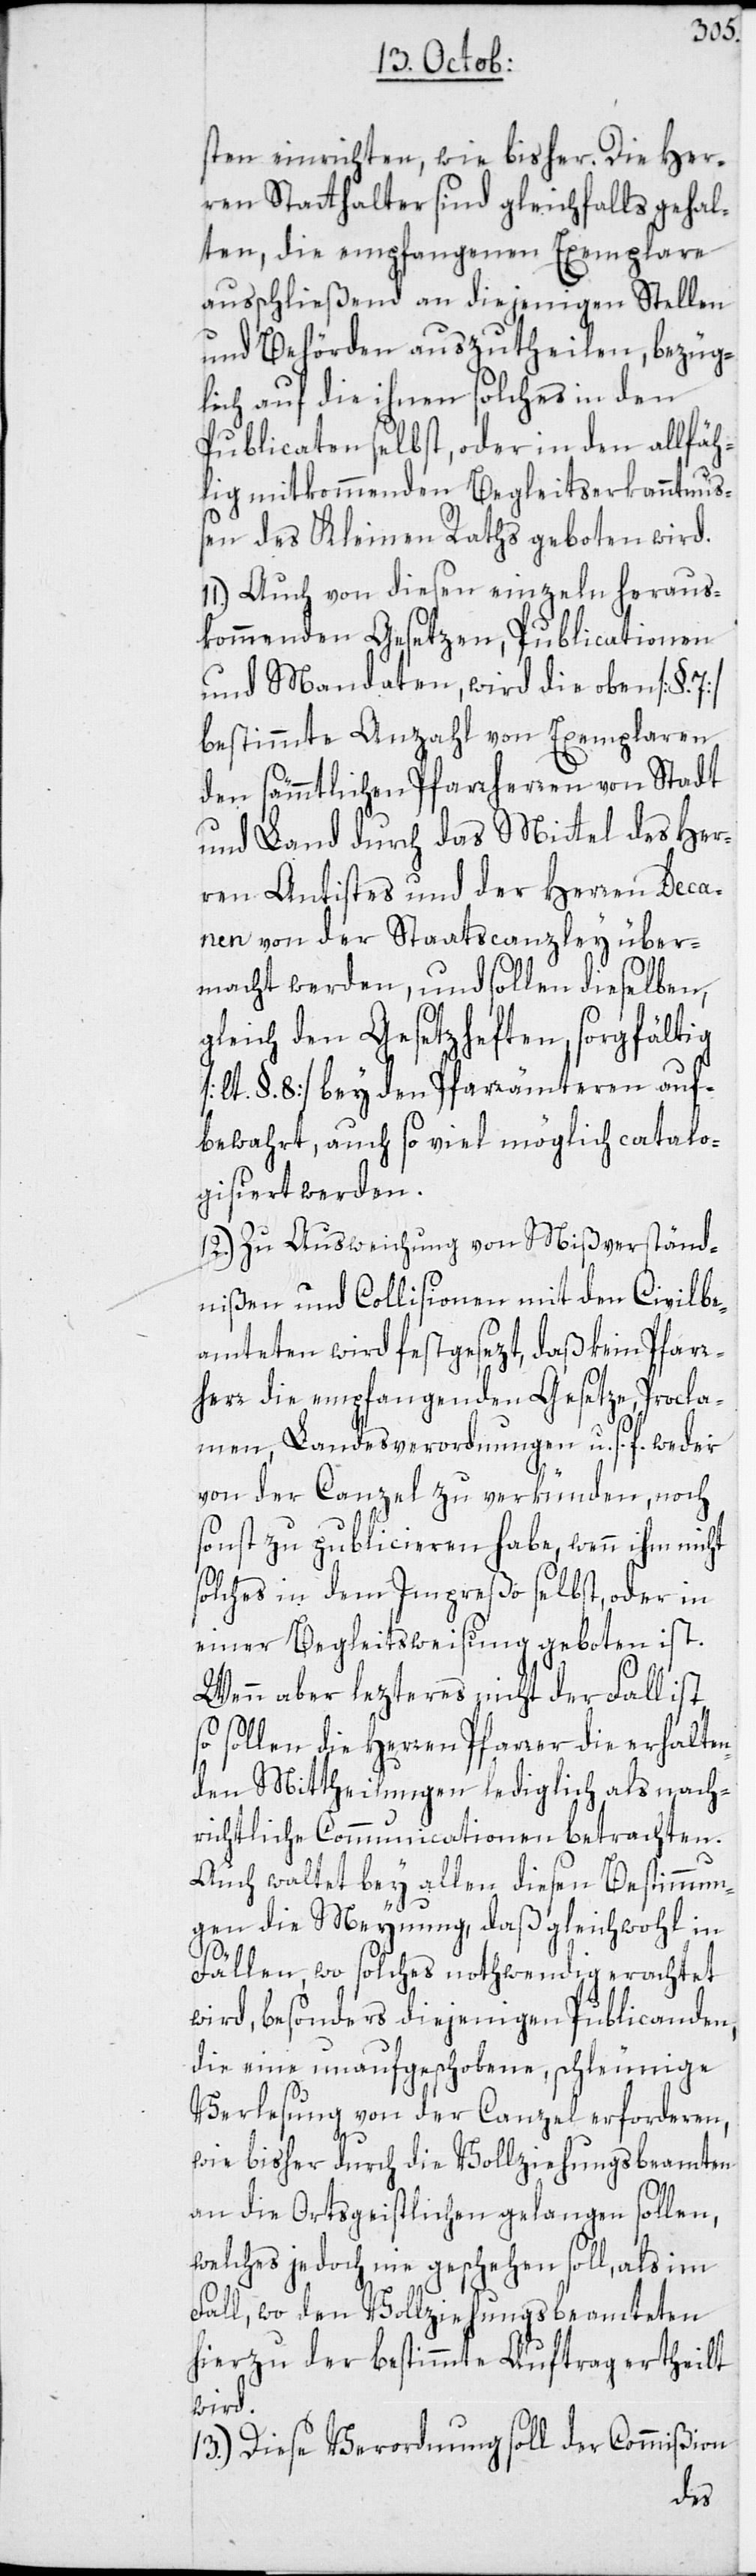
sten einrichten, wie bisher. Die Her¬
ren Statthalter sind gleichfalls gehal¬
ten, die empfangenen Exemplare
ausschließend an diejenigen Stellen
und Behörden auszutheilen, bezüg¬
lich auf die ihnen solches in den
Publicaten selbst, oder in den allfäh¬
lig mitkommenden Begleitserkanntnuß¬
en des Kleinen Raths geboten wird.
11.) Auch von diesen einzeln heraus¬
kommenden Gesetzen, Publicationen
und Mandaten, wird die oben [§. 7]
bestimmte Anzahl von Exemplaren
den sämmtlichen Pfarrherren von Stadt
und Land durch das Mittel des Her¬
ren Antistes und der Herren Deca¬
nen von der Staatscanzley über¬
macht werden, und sollen dieselben,
gleich den Gesetzheften, sorgfältig
[lt. §. 8] bey den Pfarrämteren auf¬
bewahrt, auch so viel möglich catalo¬
gisiert werden.
12.) Zu Ausweichung von Mißverständ¬
nißen und Collisionen mit den Civilbe¬
amteten wird festgesezt, daß kein Pfarr¬
herr die empfangenden Gesetze, Procla¬
men, Landesverordnungen u. s. f. weder
von der Canzel zu verkünden, noch
sonst zu publicieren habe, wenn ihm nicht
solches in dem Impreßo selbst, oder in
einer Begleitsweisung geboten ist.
Wenn aber lezteres nicht der Fall ist,
so sollen die Herren Pfarrer die erhalten¬
den Mittheilungen lediglich als nach¬
richtliche Communicationen betrachten.
Auch waltet bey allen diesen Bestimmun¬
gen die Meynung, daß gleichwohl in
Fällen, wo solches nothwendig erachtet
wird, besonders diejenigen Publicanden,
die eine unaufgeschobene, schleunige
Verlesung von der Canzel erforderen,
wie bisher durch die Vollziehungsbeamten
an die Ortsgeistlichen gelangen sollen,
welches jedoch nie geschehen soll, als im
Fall, wo den Vollziehungsbeamteten
hierzu der bestimmte Auftrag ertheilt
wird.
13.) Diese Verordnung soll der Commißion